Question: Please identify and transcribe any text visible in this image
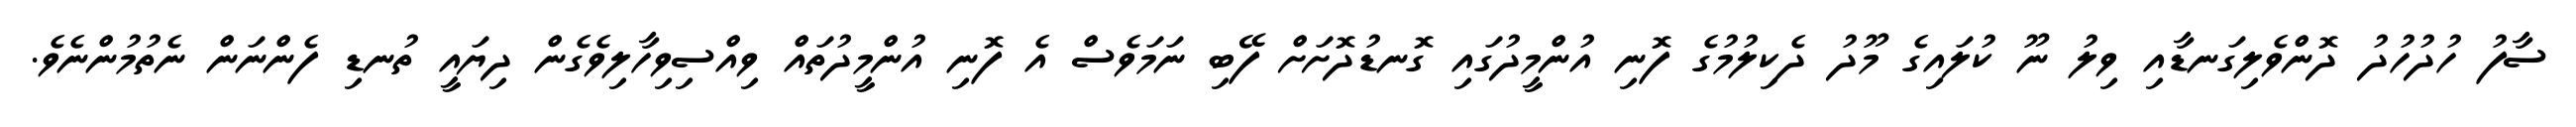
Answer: ސާފު ހުދުހުދު ދޮންވެލިގަނޑާއި ވިލު ނޫ ކުލައިގެ މޫދު ދެކިލުމުގެ ފޮނި އުންމީދުގައި ގޮނޑުދޮށަށް ފޭބި ނަމަވެސް އެ ފޮނި އުންމީދުތައް ވިއްސިވިހާލިވެގެން ދިޔައީ ތުނޑި ފެންނަން ނެތުމުންނެވެ.